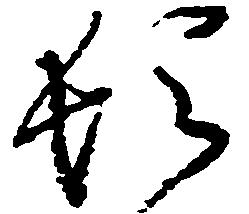
頓